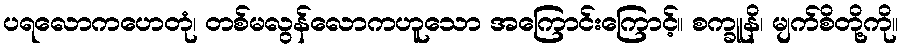
ပရလောကဟေတုံ၊ တစ်မလွန်လောကဟူသော အကြောင်းကြောင့်။ စက္ခူနိ၊ မျက်စိတို့ကို။